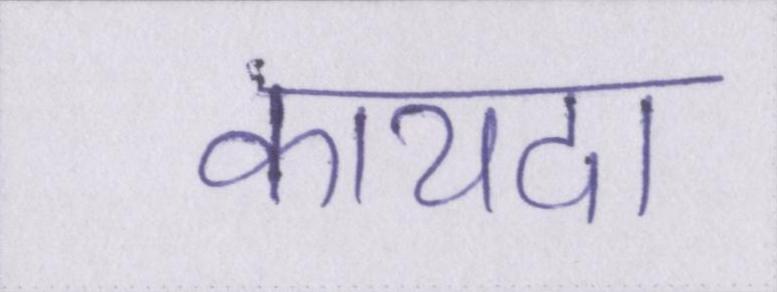
कायदा